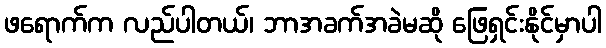
ဖရောက်က လည်ပါတယ်၊ ဘာအခက်အခဲမဆို ဖြေရှင်းနိုင်မှာပါ